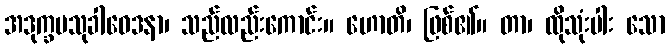
အဒုက္ခမသုခါဝေဒနာ၊ သည်လည်းကောင်း။ ဟောတိ၊ ဖြစ်၏။ တာ၊ ထိုသုံးပါး သော